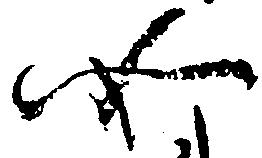
如